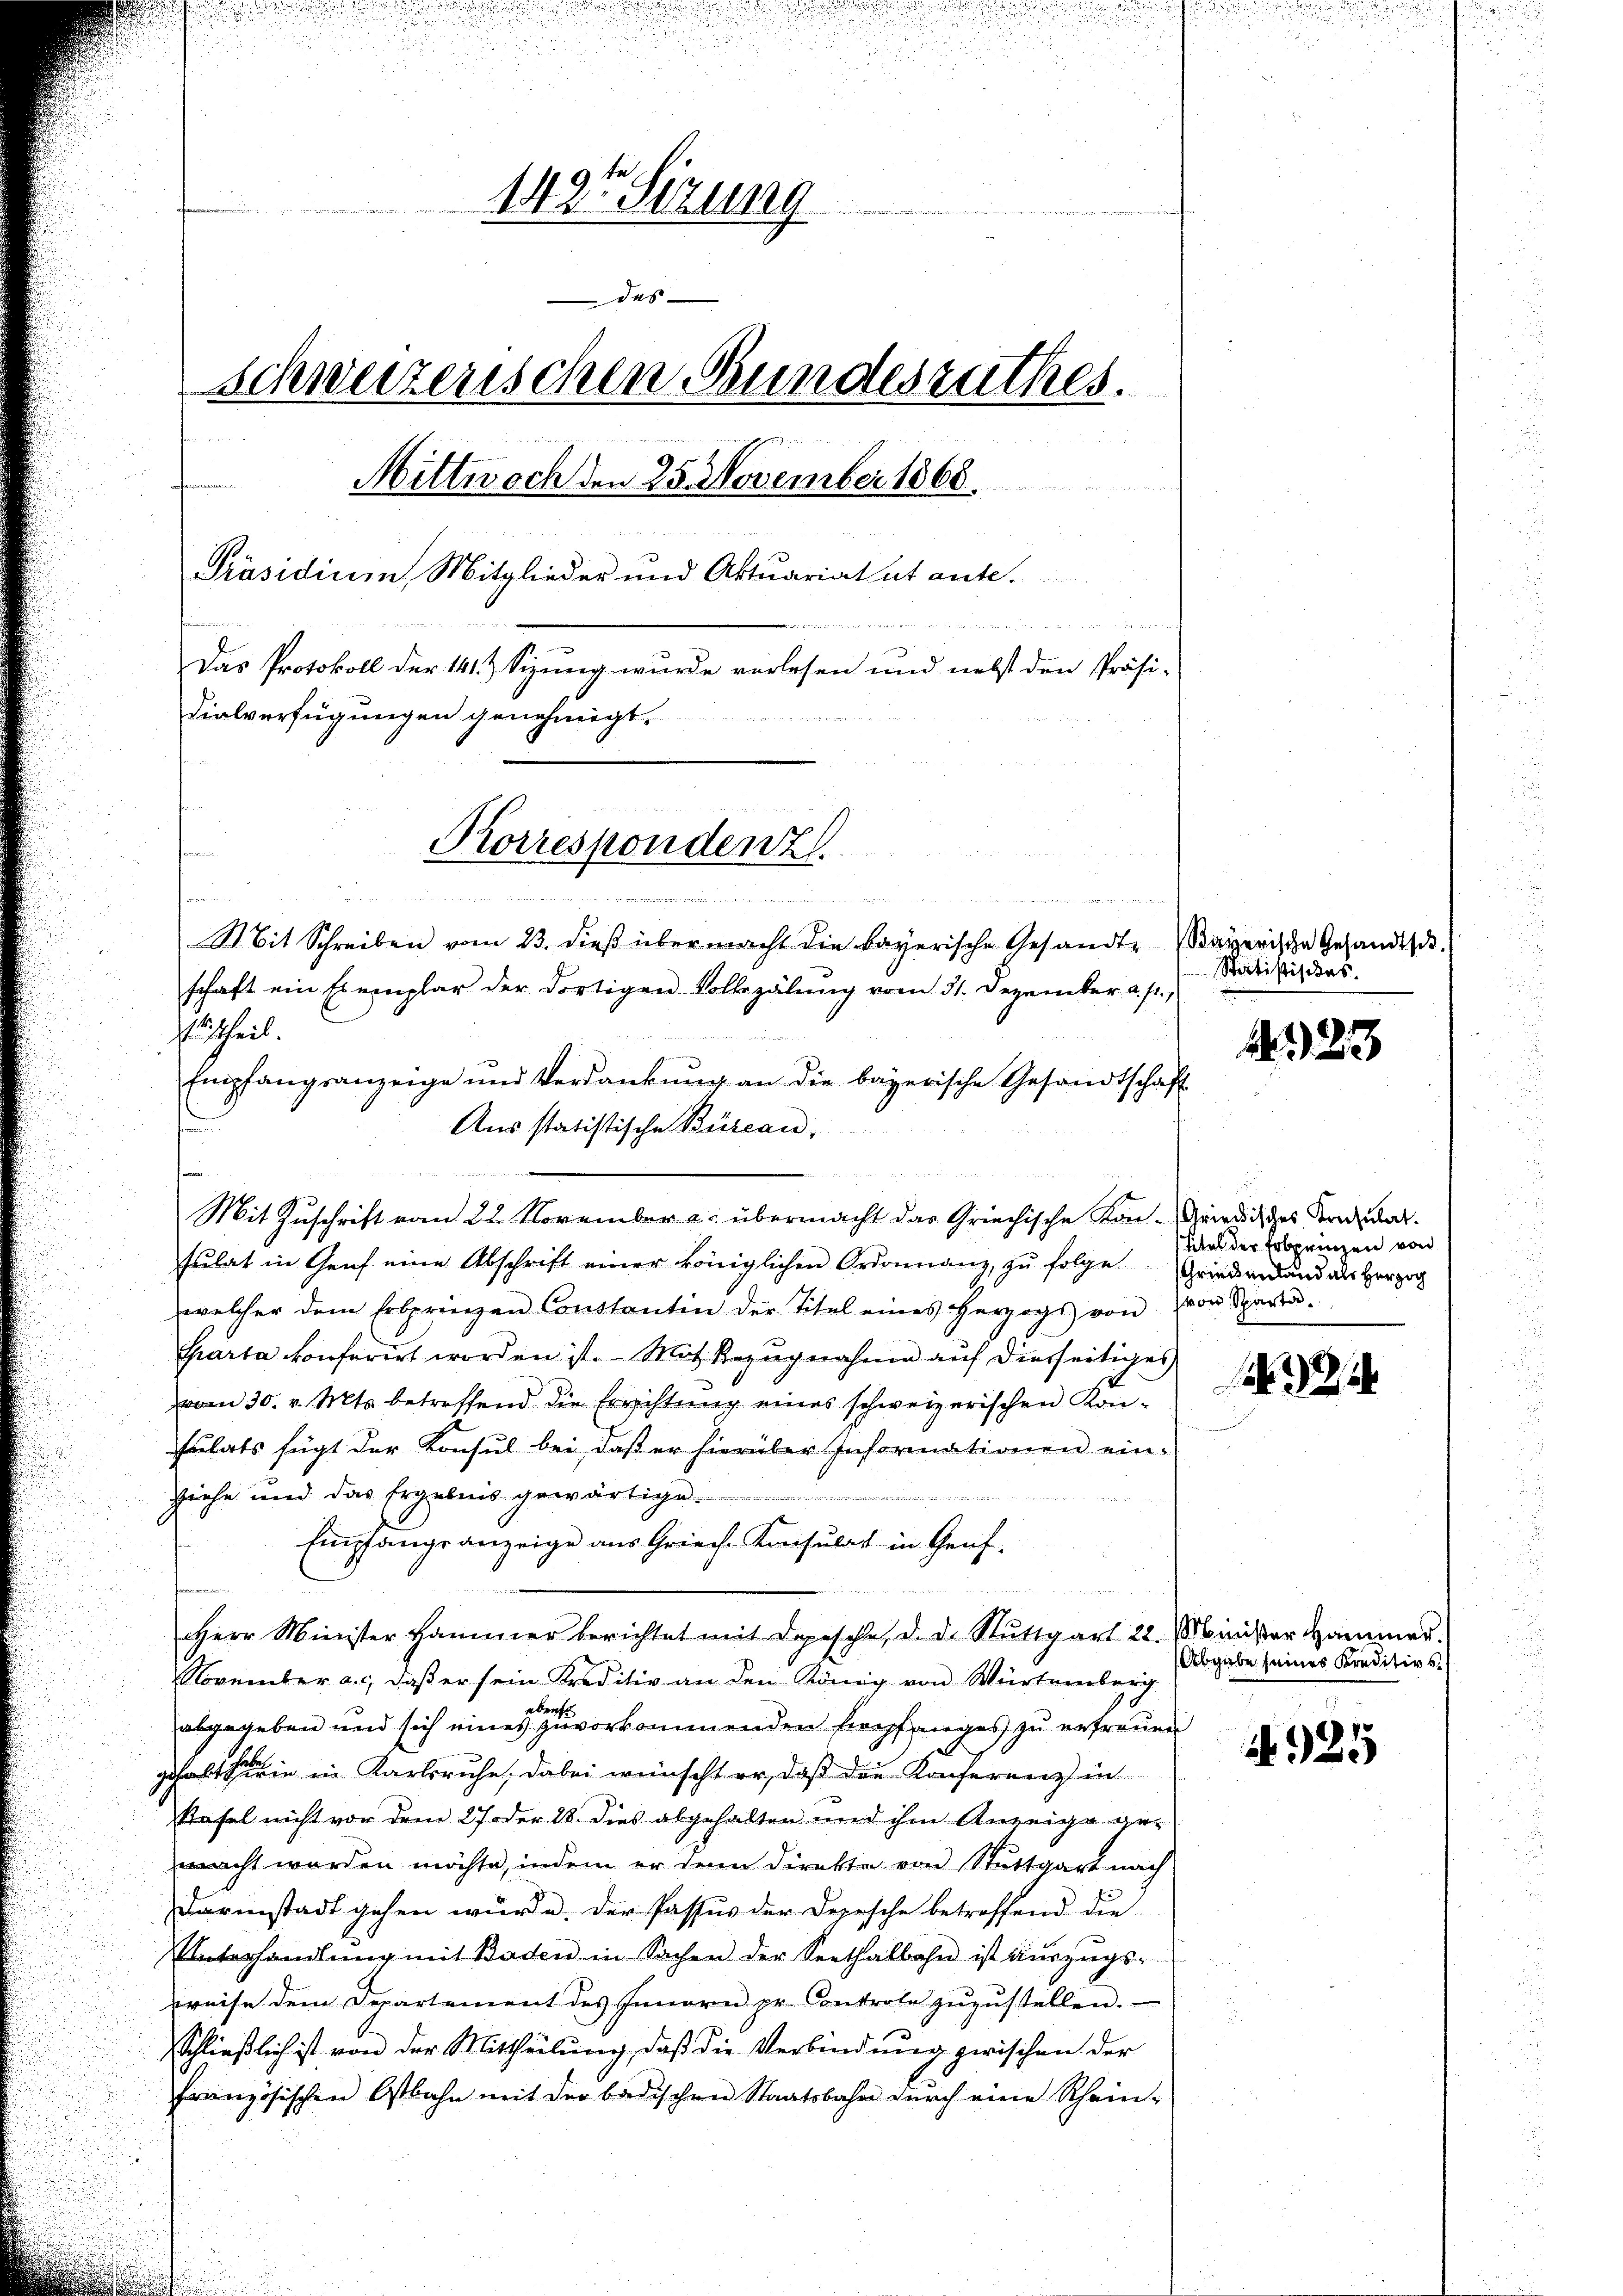
1491 Sizung
das
schweizerischen Bundesrathes.
fa, wen
atammen.
Mittwoch den 25. November 1868.
Präsidium Mitglieder und Aktuariatat ante.
Das Protokoll der 141. Sizung wurde verlesen und nebst den Präsi-
dialverfügungen genehmigt.
Korresponden z
s

t
d
hann es neuenbereiten hatte mit den Wallister den
Mit Schreiben vom 23. dieβ übermacht die bayerische Gesandte Bayerische Gesandtsch.
schaft ein Exemplar der dortigen Vollzälŭng vom 31. Dezember a. p.,
uurtheil.
s

Mit Zuschrift vom 22. November a. übermacht das Griechische Kon-Gardisches Kreditat.
sŭlat in Genf eine Abschrift einer königlichen Ordonanz, zu folge Griedern und als Herzog
welcher dem Erbprinzen Constantin der Titel eines Herzogs von von Sparta
Carta konferirt worden ist. Mit Bezugnahme auf dierseitiges
vom 30. v. Mts. betreffend die Errichtung eines schweizerischen Konsulats fügt der Konsul bei, daß er hierüber Informationen ein-
ziehe und das Ergebnis gewärtige.

Empfangsanzeige aus Grieche Konsulat in Genf-
e

Herr Minister Hammer berichtet mit Depesche, d. d. Stuttgart 22. Minister Hammer.
November a.c. daβ er sein Kreditiv an den König von Würtemberg
aben
abgegeben und sich eines zuvorkommenden Empfanges zu erfreuen
gehalten in in Karlsruhe, dabei wünscht er, daß der Konferenz in
Kafel nicht vor dem 27 oder 28. dies abgehalten und ihm Anzeige gemacht werden möchte, indem er denn direkte von Stuttgart nach
Darinstadt gehen würde. Der Passus der Depesche betreffend die
UUnterhandlung mit Boden in Sachen der Serthalbahn ist auszugs-
preise dem Departement des Innern pr. Controle zŭzŭstellen.
Schließlich ist von der Mittheilung, daß die Verbindung zwischen der
französischen Ostbahn mit der badischen Staatsbahn dŭrch eine Rhein-

Aus statistische Büreau,

Empfangsanzeige und Verdankŭng an die bayerische Gesandtschaft

Statistisches.

4323

Eitel der Erbprinzen von

(Abgabe seines Kreditivs

925